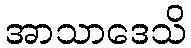
အာသာဒေသိ